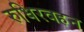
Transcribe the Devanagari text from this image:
रुधिरवहन